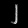
Digit: ၂